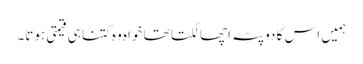
ہمیں اس کا دوپٹہ اچھا لگتا تھا خواہ وہ کتنا ہی قیمتی ہوتا۔